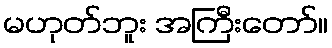
မဟုတ်ဘူး အကြီးတော်။